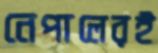
নেপালেরই